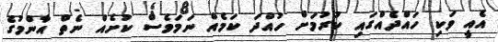
އެއީ ވަކި ހައްދެއްގައި ކުރުމަށް ހުއްދަ ކަމެއް ނަމަވެސް ކުށެއް ނެތް އާންމުގެ